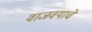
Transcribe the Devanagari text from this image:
वाजवयाचे